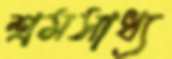
শ্রমসাধ্য